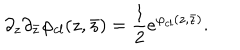
\partial _ { z } \partial _ { \bar { z } } \varphi _ { c l } ( z , \bar { z } ) = { \frac { 1 } { 2 } } e ^ { \varphi _ { c l } ( z , \bar { z } ) } .